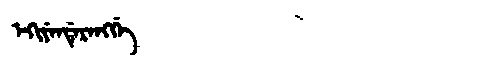
Manchu: ᡝᡴᡳᠶᡝᠨᡩᡝᡵᡝᠩᡤᡝ
Romanization: EKIYENDERENGGE